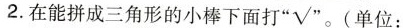
2.在能拼成三角形的小棒下面打”√”。(单位：